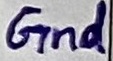
Text: Gnd